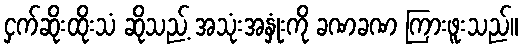
ငှက်ဆိုးထိုးသံ ဆိုသည့် အသုံးအနှုံးကို ခဏခဏ ကြားဖူးသည်။